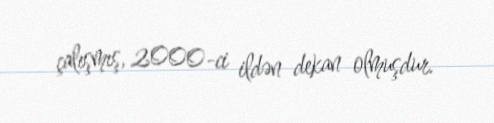
çalışmış, 2000-ci ildən dekan olmuşdur.